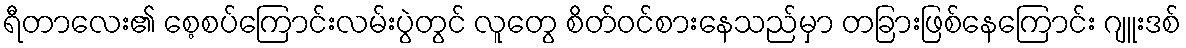
ရီတာလေး၏ စေ့စပ်ကြောင်းလမ်းပွဲတွင် လူတွေ စိတ်ဝင်စားနေသည်မှာ တခြားဖြစ်နေကြောင်း ဂျူးဒစ်